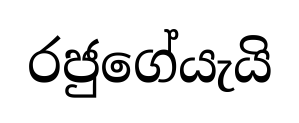
රජුගේයැයි